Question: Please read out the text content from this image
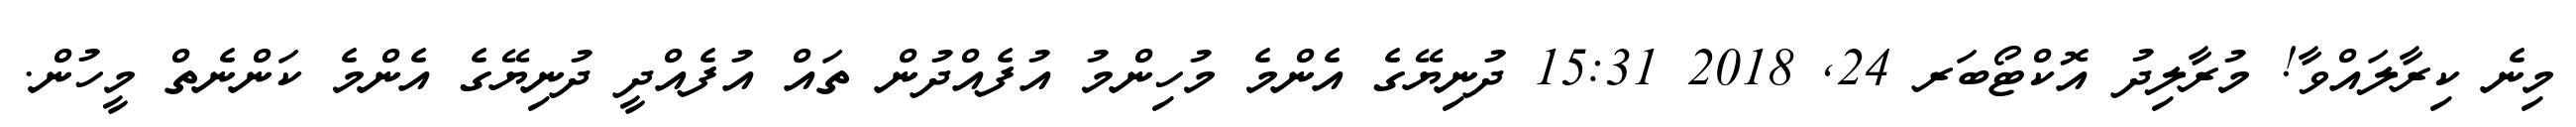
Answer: މިނެ ކިރާލައްވާ! މުރާލިދު އޮކްޓޯބަރ 24, 2018 15:31 ދުނިޔޭގެ އެންމެ މުހިންމު އުފެއްދުން ތައް އުފެއްދީ ދުނިޔޭގެ އެންމެ ކަންނެތް މީހުން.